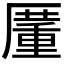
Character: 𠪵